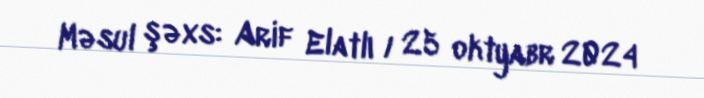
Məsul şəxs: Arif Elatlı / 25 oktyabr 2024